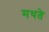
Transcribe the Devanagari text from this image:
मथते